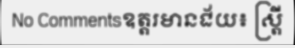
No Commentsឧត្តរមានជ័យ៖ ស្ត្រី